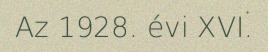
Az 1928. évi XVI.